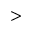
>